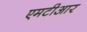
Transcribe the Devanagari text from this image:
एमटीआर